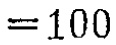
$=100$